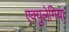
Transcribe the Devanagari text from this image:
एक्युलेगिया